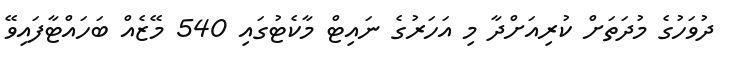
ދުވަހުގެ މުދަތަށް ކުރިއަށްދާ މި އަހަރުގެ ނައިޓް މާކެޓުގައި 540 މޭޒެއް ބަހައްޓާފައިވޭ